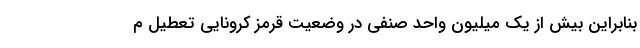
بنابراین بیش از یک میلیون واحد صنفی در وضعیت قرمز کرونایی تعطیل م